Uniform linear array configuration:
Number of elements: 24
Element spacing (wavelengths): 0.75
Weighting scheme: uniform
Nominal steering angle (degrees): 15
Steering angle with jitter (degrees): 16.678
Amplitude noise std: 0.05
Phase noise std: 0.05

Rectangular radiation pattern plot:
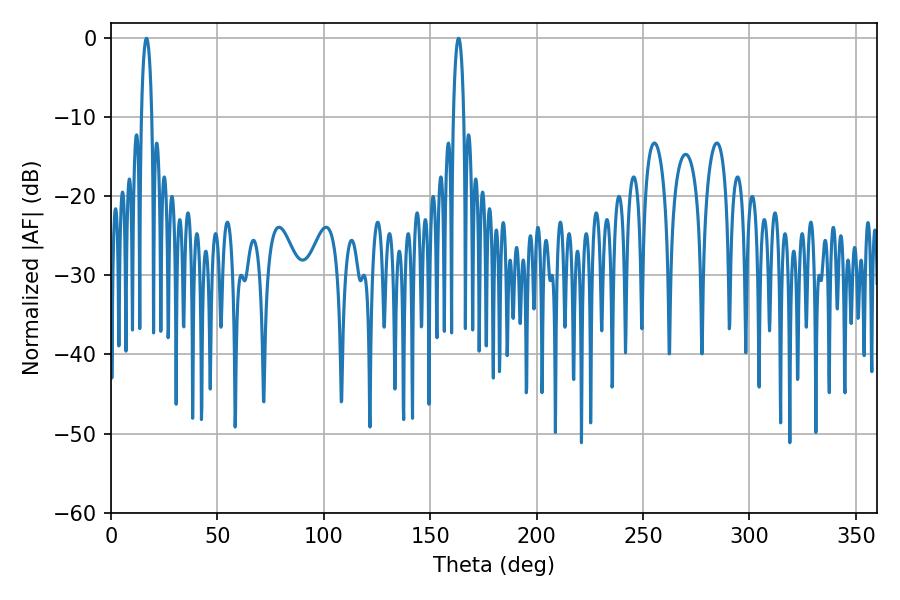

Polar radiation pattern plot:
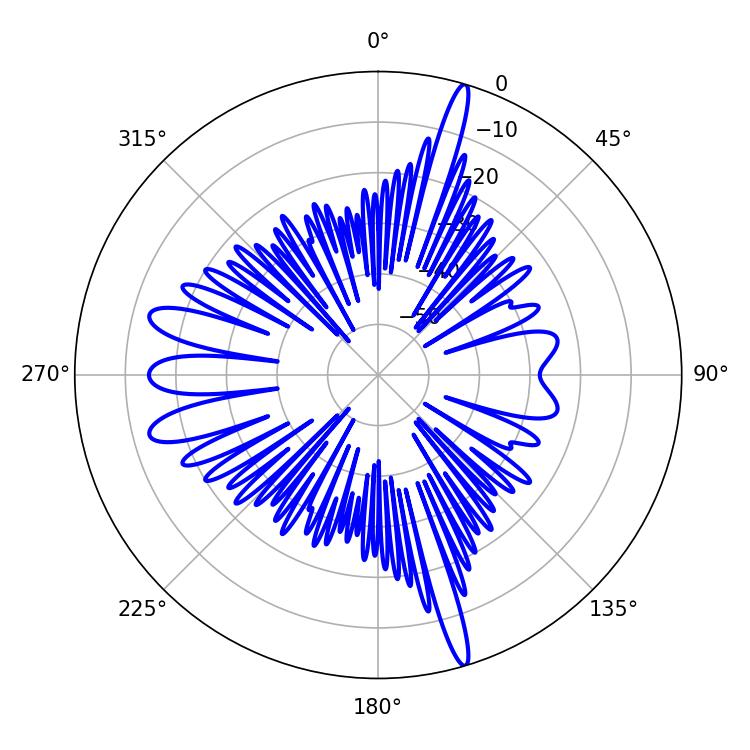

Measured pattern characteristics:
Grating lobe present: TRUE
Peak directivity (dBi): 20.867
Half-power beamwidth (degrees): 2.7
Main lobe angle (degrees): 16.74